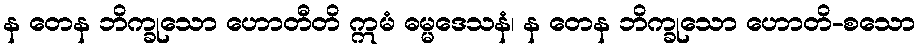
န တေန ဘိက္ခုသော ဟောတီတိ ဣမံ ဓမ္မဒေသနံ၊ န တေန ဘိက္ခုသော ဟောတိ-စသော